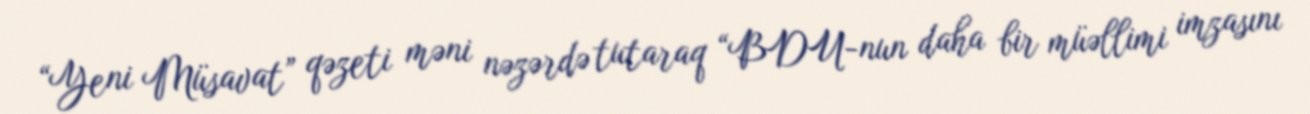
“Yeni Müsavat” qəzeti məni nəzərdə tutaraq “BDU-nun daha bir müəllimi imzasını